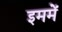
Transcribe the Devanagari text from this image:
इममें